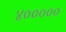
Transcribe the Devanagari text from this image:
४०००००